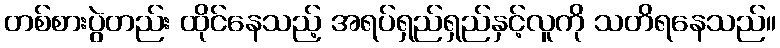
တစ်စားပွဲတည်း ထိုင်နေသည့် အရပ်ရှည်ရှည်နှင့်လူကို သတိရနေသည်။